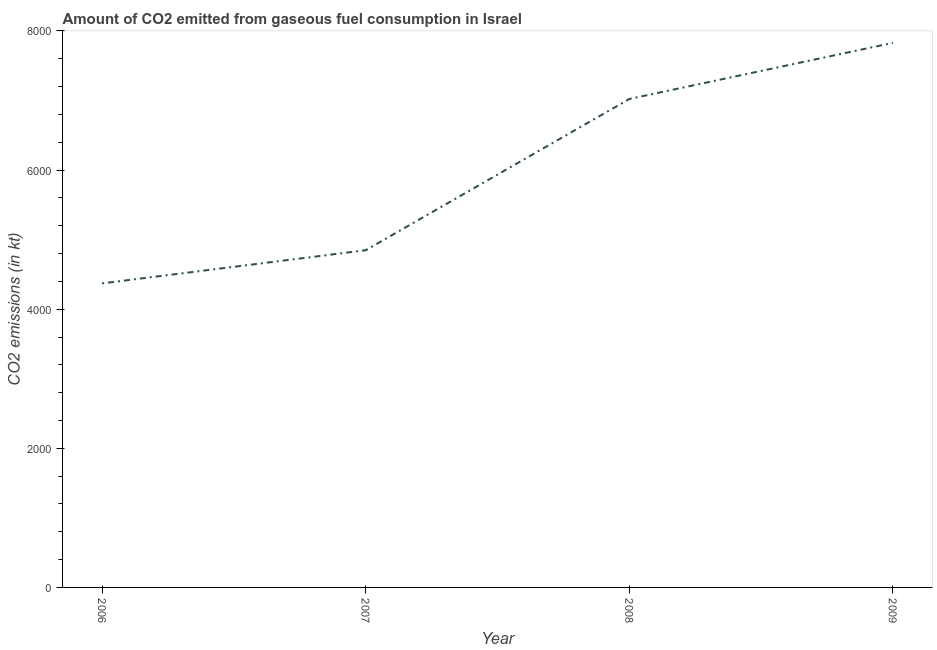
| Year | CO2 emissions from gaseous fuel consumption |
 | --- | --- |
 | 2006 | 4.37e+03 |
 | 2007 | 4.85e+03 |
 | 2008 | 7.02e+03 |
 | 2009 | 7.83e+03 |